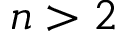
n > 2